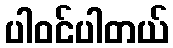
ပါဝင်ပါတယ်